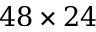
4 8 \times 2 4